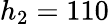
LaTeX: h_{2}=110